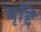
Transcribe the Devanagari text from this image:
बृद्दि